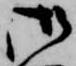
御